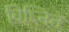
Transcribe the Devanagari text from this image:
विघ्नित